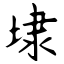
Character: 埭